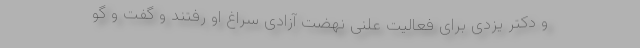
و دکتر یزدی برای فعالیت علنی نهضت آزادی سراغ او رفتند و گفت و گو